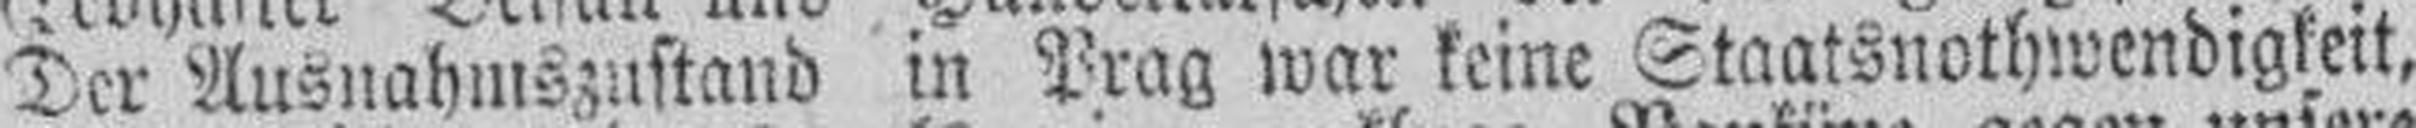
Der Ausnahmszustand in Prag war keine Staatsnothwendigkeit,